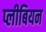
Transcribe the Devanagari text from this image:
प्लीबियन